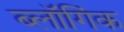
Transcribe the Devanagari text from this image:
ब्लॉगिंक